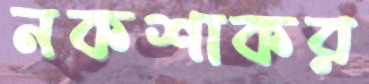
নকশাকর